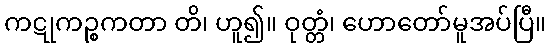
ကဋုကဉ္စကတာ တိ၊ ဟူ၍။ ဝုတ္တံ၊ ဟောတော်မူအပ်ပြီ။